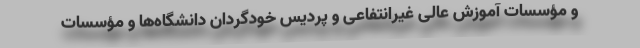
و مؤسسات آموزش عالی غیرانتفاعی و پردیس خودگردان دانشگاه‌ها و مؤسسات